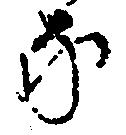
な